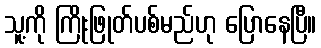
သူ့ကို ကြိုးဖြုတ်ပစ်မည်ဟု ပြောနေပြီ။